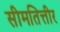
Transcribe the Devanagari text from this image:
सीमतित्तीर